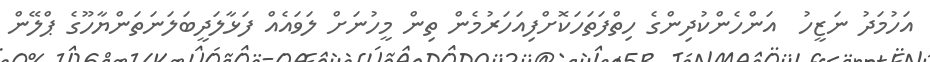
އަހުމަދު ނަޒީހު  އަންހެންކުދިންގެ ހިތްފަތަހަކޮށްފިއަހަރުމެން ތިން މީހުނަށް ލަވައެއް ފަޅާލަދީބަލަނަތަންޔާހޫގެ ޕްލޭން